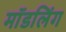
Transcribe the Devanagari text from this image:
मॉडलिंग